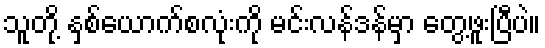
သူတို့ နှစ်ယောက်စလုံးကို မင်းလန်ဒန်မှာ တွေ့ဖူးပြီပဲ။